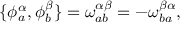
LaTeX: \{ \phi _ { a } ^ { \alpha } , \phi _ { b } ^ { \beta } \} = \omega _ { a b } ^ { \alpha \beta } = - \omega _ { b a } ^ { \beta \alpha } ,